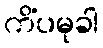
ကိံပမုခါ